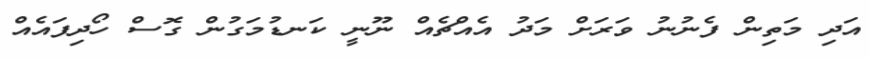
އަދި މަތިން ފެނުނު ވަރަށް މަދު އެއްޗެއް ނޫނީ ކަނޑުމަގުން ގޮސް ހޯދިފައެއް